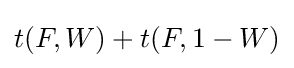
t(F,W)+t(F,1-W)